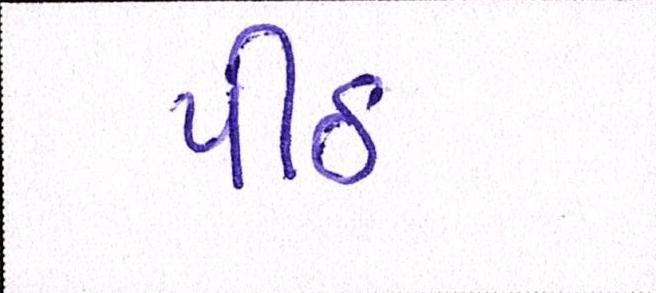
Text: પીઠ